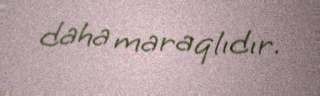
daha maraqlıdır.